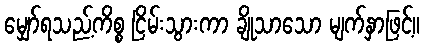
မျှော်ရသည့်ကိစ္စ ငြိမ်းသွားကာ ချိုသာသော မျက်နှာဖြင့်။